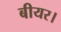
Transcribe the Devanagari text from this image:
बीयर।